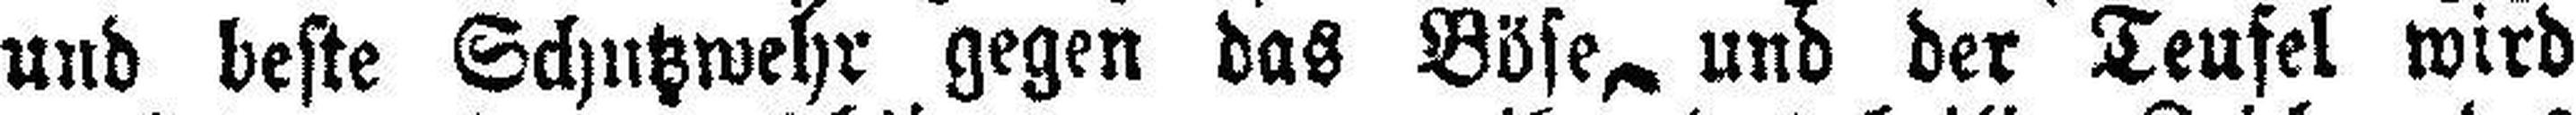
und beste Schutzwehr gegen das Böse, und der Teufel wird